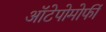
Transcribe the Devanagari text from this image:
ऑटेपोमोर्फी